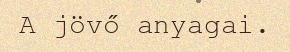
A jövő anyagai.